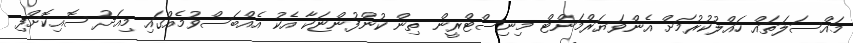
މައްސަލަތައް ހައްލުކުރުމަށް އެންވަޔަރްމަންޓް މިނިސްޓްރީން ތިން ކުންފުންޏަކާ އެކު އެއްބަސްވުމެއްގައި މިއަދު ސޮއިކޮށްފި